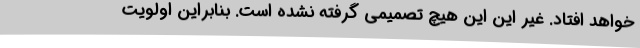
خواهد افتاد. غیر این این هیچ تصمیمی گرفته نشده است. بنابراین اولویت